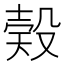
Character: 𣪨